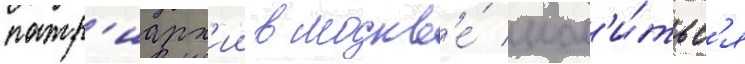
патр'иарх'ии в москв'е́ мол'и́тьс'я